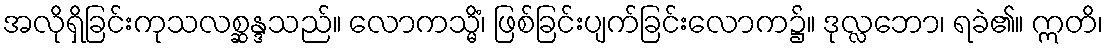
အလိုရှိခြင်းကုသလစ္ဆန္ဒသည်။ လောကသ္မိံ၊ ဖြစ်ခြင်းပျက်ခြင်းလောက၌။ ဒုလ္လဘော၊ ရခဲ၏။ ဣတိ၊